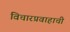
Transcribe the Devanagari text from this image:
विचारप्रवाहाची